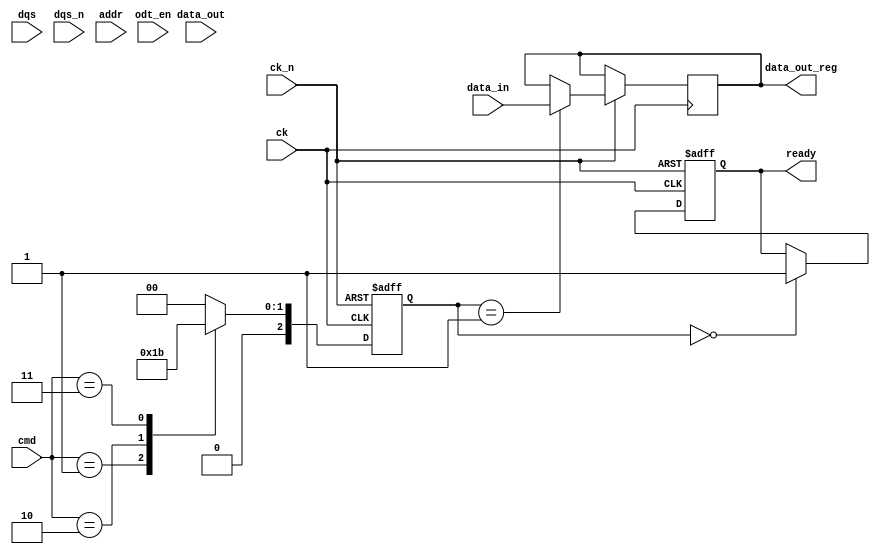
module ddr5_io_block(
    input wire         ck,          // Differential Clock input
    input wire         ck_n,        // Inverted Clock input
    input wire [63:0]  data_in,     // 64-bit data input
    input wire [63:0]  data_out,    // 64-bit data output
    input wire         dqs,         // Differential data strobe
    input wire         dqs_n,       // Inverted Differential data strobe
    input wire [15:0]  addr,        // Address bus
    input wire [3:0]   cmd,         // Command bus (READ, WRITE, etc.)
    input wire         odt_en,      // On-die termination enable
    output wire [63:0] data_out_reg, // Registered data output
    output reg         ready         // Ready signal for operation
);
    
    // Parameters for states
    localparam IDLE = 3'b000;
    localparam READ = 3'b001;
    localparam WRITE = 3'b010;
    localparam REFRESH = 3'b011;
    
    reg [2:0] state;
    reg [2:0] next_state;

    // Command Bus Decoding
    always @(*) begin
        case (cmd)
            4'b0001: next_state = READ;      // READ Command
            4'b0010: next_state = WRITE;     // WRITE Command
            4'b0011: next_state = REFRESH;   // REFRESH Command
            default: next_state = IDLE;       // Default to IDLE
        endcase
    end

    // Control Logic - Simple State Machine for command execution
    always @(posedge ck or negedge ck_n) begin
        if (!ck_n) begin
            state <= IDLE;
            ready <= 1'b0;
        end else begin
            state <= next_state;
            case (state)
                IDLE: begin
                    ready <= 1'b1; 
                end
                READ: begin
                    // Logic for read operation
                    data_out_reg <= data_in; 
                end
                WRITE: begin
                    // Logic for write operation
                    // Assume data_out is driven externally for write, just a placeholder
                end
                REFRESH: begin
                    // Logic for refresh operation
                    // Implement refresh routine here
                end
            endcase
        end
    end

    // On-Die Termination - If enabled, use ODT resistors
    assign odt = odt_en ? 2'b01 : 2'b00; // Simple implementation for ODT

    // Implement calibration, ECC, etc. based on your needs.
    // Add ECC logic and calibration routines here

endmodule